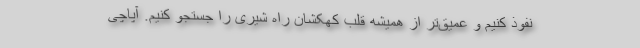
نفوذ کنیم و عمیق‌تر از همیشه قلب کهکشان راه شیری را جستجو کنیم. آپاچی